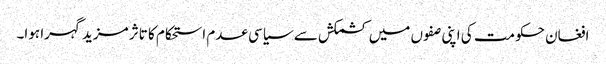
افغان حکومت کی اپنی صفوں میں کشمکش سے سیاسی عدم استحکام کا تاثر مزید گہرا ہوا۔